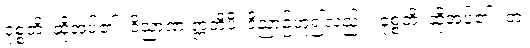
ဝုစ္စတိ၊ ဆိုအပ်၏။ ဝိညာဏံ ဣတိပိ၊ ဝိညာဉ်ဟူ၍လည်း။ ဝုစ္စတိ၊ ဆိုအပ်၏။ တံ၊